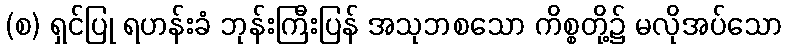
(စ) ရှင်ပြု ရဟန်းခံ ဘုန်းကြီးပြန် အသုဘစသော ကိစ္စတို့၌ မလိုအပ်သော